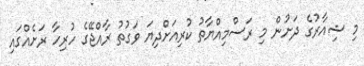
މި ޝިއާރުގެ ދަށުން މި ރަސްމިއްޔާތު ކުރިއަށްދިޔަ ވަގުތު ރާއްޖޭގެ ހުރިހާ ރަށެއްގައި